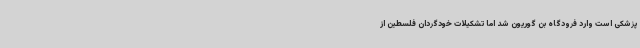
پزشکی است وارد فرودگاه بن گوریون شد اما تشکیلات خودگردان فلسطین از